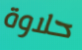
حلاوة